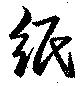
紙